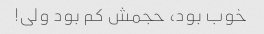
خوب بود، حجمش کم بود ولی!